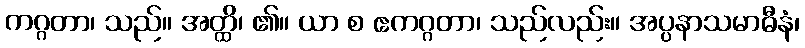
ကဂ္ဂတာ၊ သည်။ အတ္ထိ၊ ၏။ ယာ စ ဧကဂ္ဂတာ၊ သည်လည်း။ အပ္ပနာသမာဓီနံ၊